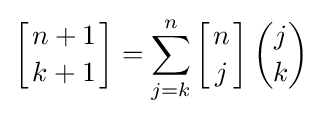
\left[{n+1 \atop k+1}\right]=\sum _{j=k}^{n}\left[{n \atop j}\right]{\binom {j}{k}}